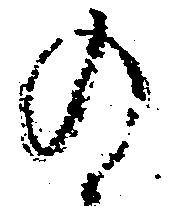
の